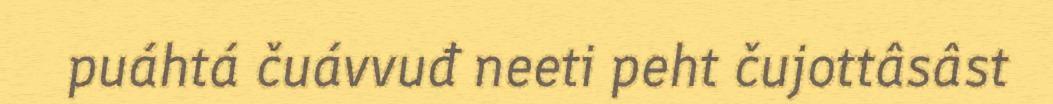
puáhtá čuávvuđ neeti peht čujottâsâst